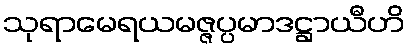
သုရာမေရယမဇ္ဇပ္ပမာဒဋ္ဌာယီဟိ